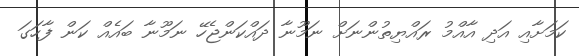
ކަމަށާއި އަދި އާއްމު ރައްޔިތުންނަށް ނަމޫނާ ދައްކަންޖެހޭ ނަމޫނާ ބައެއް ކަން ފާހަގަ